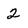
Character: 2